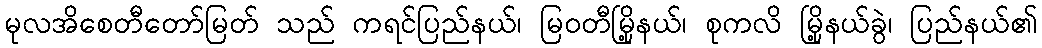
မုလအိစေတီတော်မြတ် သည် ကရင်ပြည်နယ်၊ မြဝတီမြို့နယ်၊ စုကလိ မြို့နယ်ခွဲ၊ ပြည်နယ်၏